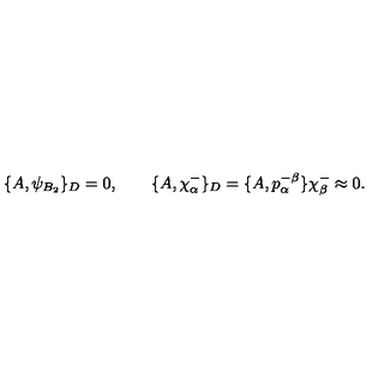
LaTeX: \{ A , \psi _ { B _ { 2 } } \} _ { D } = 0 , \qquad \{ A , \chi _ { \alpha } ^ { - } \} _ { D } = \{ A , p _ { \alpha } ^ { - } { } ^ { \beta } \} \chi _ { \beta } ^ { - } \approx 0 .